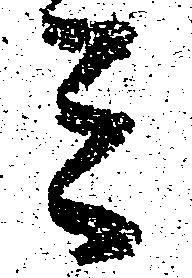
ミ